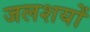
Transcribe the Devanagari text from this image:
जलशयों